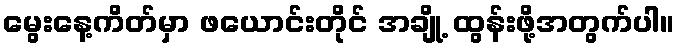
မွေးနေ့ကိတ်မှာ ဖယောင်းတိုင် အချို့ ထွန်းဖို့အတွက်ပါ။